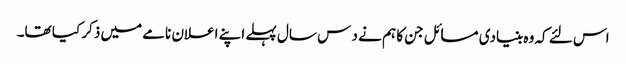
اس لئے کہ وہ بنیادی مسائل جن کا ہم نے د س سال پہلے اپنے اعلان نامے میں ذکر کیا تھا۔